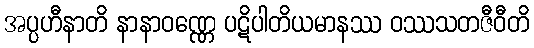
အပ္ပဟီနာတိ နာနာဝဏ္ဏေ ပဋိပါတိယမာနဿ ဝဿသတဇီဝီတိ